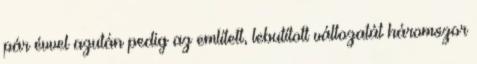
pár évvel azután pedig az említett, lebutított vál­tozatát háromszor